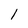
Character: l